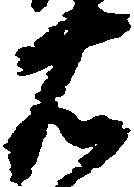
右